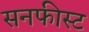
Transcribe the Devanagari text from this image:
सनफीस्ट